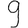
Digit: 9